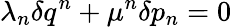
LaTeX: \lambda_{n}\delta q^{n}+\mu^{n}\delta p_{n}=0